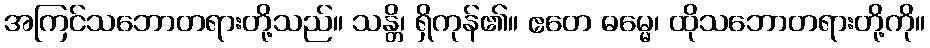
အကြင်သဘောတရားတို့သည်။ သန္တိ၊ ရှိကုန်၏။ ဧတေ ဓမ္မေ၊ ထိုသဘောတရားတို့ကို။